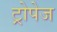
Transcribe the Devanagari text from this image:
ट्रोपेज